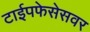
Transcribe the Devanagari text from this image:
टाईपफेसेसवर